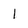
Character: 1